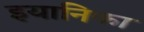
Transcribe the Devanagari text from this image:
इयानिफा